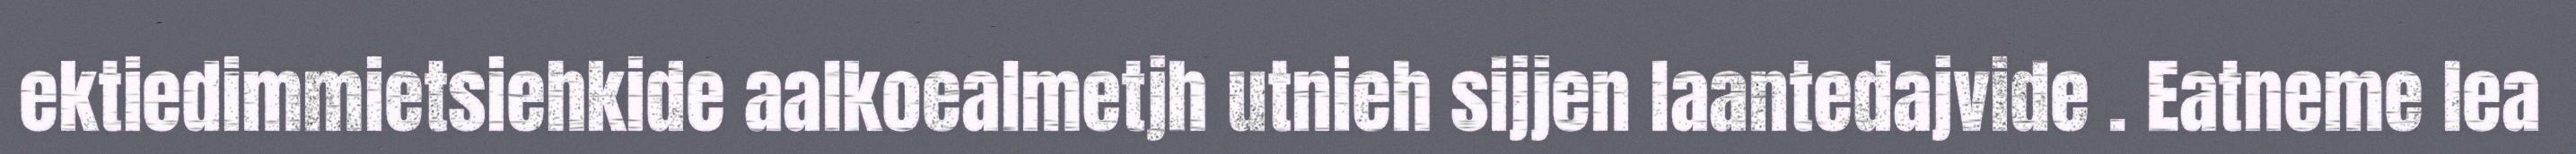
ektiedimmietsiehkide aalkoealmetjh utnieh sijjen laantedajvide . Eatneme lea